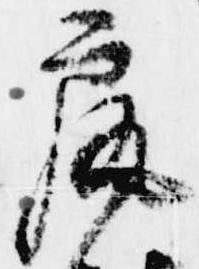
尻